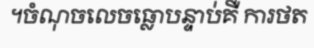
។ចំណុចលេចធ្លោបន្ទាប់គឺ ការថត